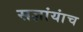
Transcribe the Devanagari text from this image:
सज्ञांयांच